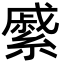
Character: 𦄉